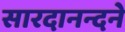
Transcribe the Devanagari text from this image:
सारदानन्दने